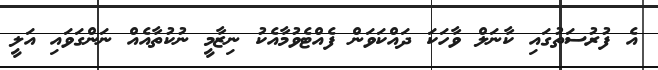
އެ ފުރުސަތުގައި ކާނަލް ވާހަކަ ދައްކަވަން ފެއްޓެވުމާއެކު ނިޒާމީ ނުކުތާއެއް ނަންގަވައި އަލީ